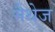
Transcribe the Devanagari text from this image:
मैथेज